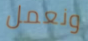
ونعمل